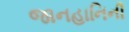
જાનહાનિની